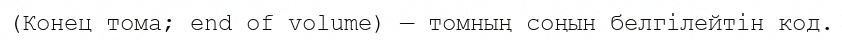
(Конец тома; end of volume) — томның соңын белгілейтін код.